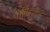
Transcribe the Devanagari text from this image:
गोविंदानन्द